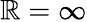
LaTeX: \mathbb{R}=\infty